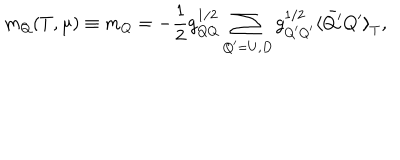
LaTeX: m _ { Q } ( T , \mu ) \equiv m _ { Q } = - \frac { 1 } { 2 } g _ { Q Q } ^ { 1 / 2 } \sum _ { Q ^ { \prime } = U , D } g _ { Q ^ { \prime } Q ^ { \prime } } ^ { 1 / 2 } { \langle \bar { Q ^ { \prime } } Q ^ { \prime } \rangle } _ { T } ,